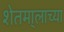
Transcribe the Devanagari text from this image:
शेतमा्लाच्या